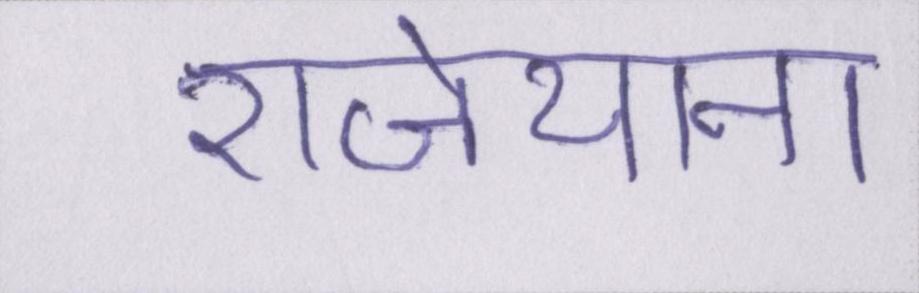
राजेयाना